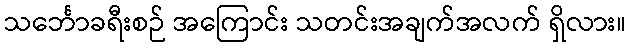
သင်္ဘောခရီးစဉ် အကြောင်း သတင်းအချက်အလက် ရှိလား။